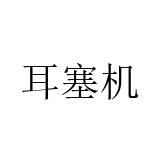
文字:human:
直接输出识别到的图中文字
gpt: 耳塞机